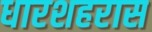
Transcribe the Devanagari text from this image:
धारशहरास